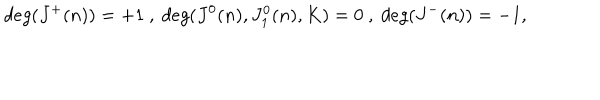
d e g ( J ^ { + } ( n ) ) = + 1 \ , \ d e g ( J ^ { 0 } ( n ) , J _ { 1 } ^ { 0 } ( n ) , K ) = 0 \ , \ d e g ( J ^ { - } ( n ) ) = - 1 ,